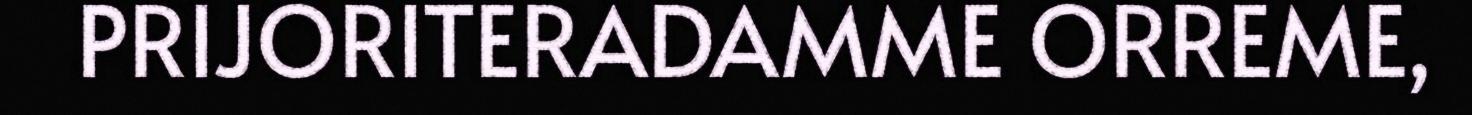
PRIJORITERADAMME ORREME,